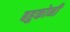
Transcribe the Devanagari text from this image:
बहुकोनी